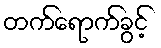
တက်ရောက်ခွင့်